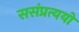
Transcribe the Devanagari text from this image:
ससंप्रत्ययो